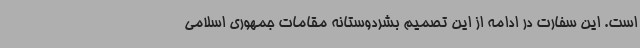
است. این سفارت در ادامه از این تصمیم بشردوستانه مقامات جمهوری اسلامی